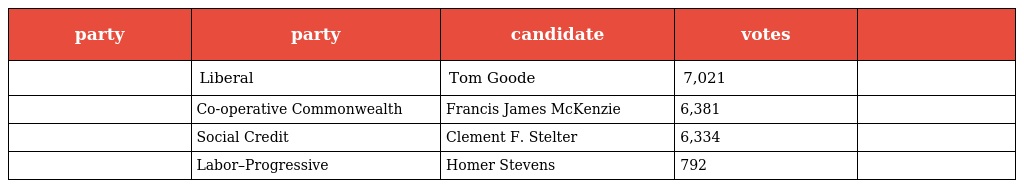
| party | party | candidate | votes |  |
 | --- | --- | --- | --- | --- |
 |  | Liberal | Tom Goode | 7,021 |  |
 |  | Co-operative Commonwealth | Francis James McKenzie | 6,381 |  |
 |  | Social Credit | Clement F. Stelter | 6,334 |  |
 |  | Labor–Progressive | Homer Stevens | 792 |  |